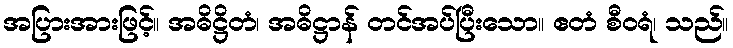
အပြားအားဖြင့်။ အဓိဋ္ဌိတံ၊ အဓိဋ္ဌာန် တင်အပ်ပြီးသော။ ဧတံ စီဝရံ၊ သည်။